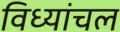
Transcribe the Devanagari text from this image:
विध्यांचल